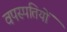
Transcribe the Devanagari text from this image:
वपस्पतियों